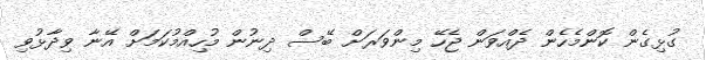
ގުޅިގެން ކޮންމެހެން ދެއްވަން ޖެހޭ މިންވަރަށް ބޭސް ދިނުން މުހިއްމުކަމަށް އޭނާ ވިދާޅުވި